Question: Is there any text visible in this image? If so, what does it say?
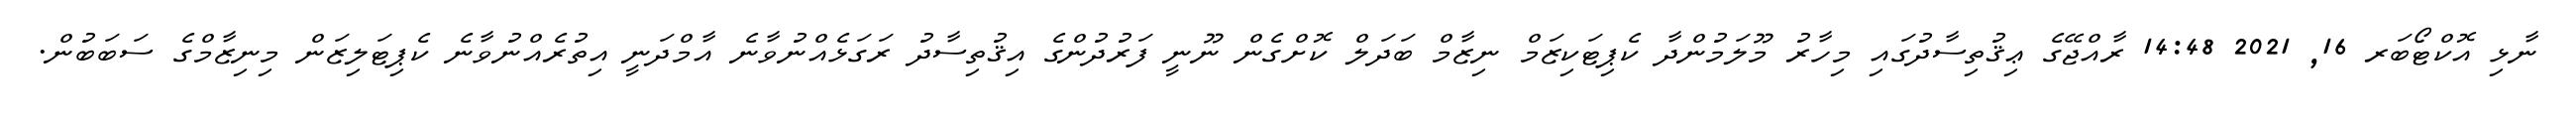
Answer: ނާޅި އޮކްޓޯބަރ 16, 2021 14:48 ރާއްޖޭގެ ޢިޤުތިސާދުގައި މިހާރު މޫލަމުންދާ ކެޕިޓަކިޒަމް ނިޒާމް ބަދަލް ކޮށްގެން ނޫނީ ފަރުދުންގެ އިޤުތިސާދު ރަގަޅެއްނުވާނެ އާމްދަނީ އިތުރެއްނުވާނެ ކެޕިޓަލިޒަން މިނިޒާމްގެ ސަބަބުން.